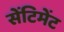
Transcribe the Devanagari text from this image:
सेंटिमेंट